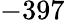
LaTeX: -397